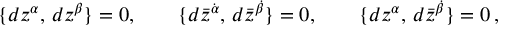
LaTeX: \{ d z ^ { \alpha } , \, d z ^ { \beta } \} = 0 , \qquad \{ d \bar { z } ^ { \dot { \alpha } } , \, d \bar { z } ^ { \dot { \beta } } \} = 0 , \qquad \{ d z ^ { \alpha } , \, d \bar { z } ^ { \dot { \beta } } \} = 0 \, ,